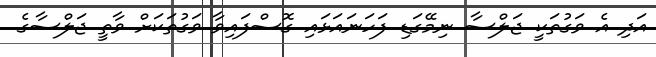
އަދި އެ ވަގުތަކީ ޖަލްސާ ނިމޭގަޑި ފަހަނައަޅައި ގޮސްފައިވާ ވަގުތަކަށް ވާތީ ޖަލްސާގެ